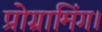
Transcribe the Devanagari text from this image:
प्रोग्रामिंग।